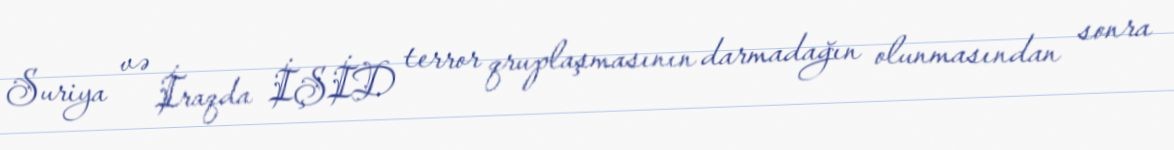
Suriya və İraqda İŞİD terror qruplaşmasının darmadağın olunmasından sonra